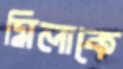
মিলাকে